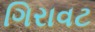
ગિરાવટ